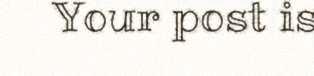
Your post is